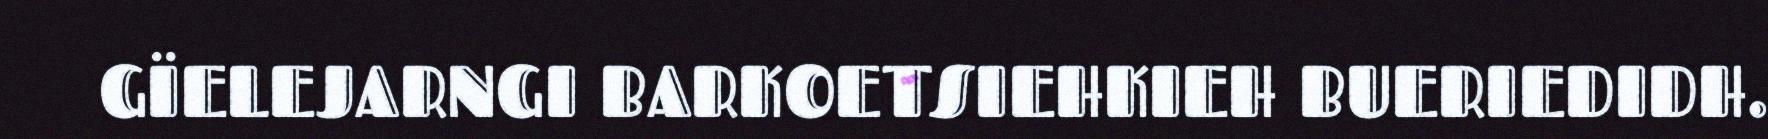
GÏELEJARNGI BARKOETSIEHKIEH BUERIEDIDH.